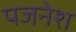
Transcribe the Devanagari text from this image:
पजनेश